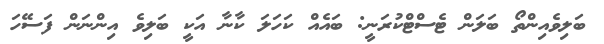
ބަލިވެއިންތޯ ބަލަން ޓެސްޓްކުރަނީ: ބައެއް ކަހަލަ ކާނާ އަކީ ބަލިވެ އިންނަން ފަސޭހަ